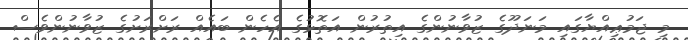
މި ޖަމުޢިއްޔާގައި މަނަދޫގެ ޒުވާނުންގެ އިތުރުން އަތޮޅުގެ އެހެން ބައެއް ރަށްރަށުގެ ޒުވާނުންވެސް